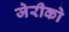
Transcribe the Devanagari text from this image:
जेरीको